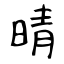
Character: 晴